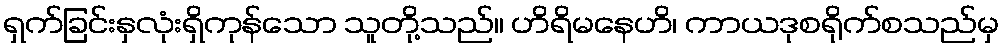
ရှက်ခြင်းနှလုံးရှိကုန်သော သူတို့သည်။ ဟိရိမနေဟိ၊ ကာယဒုစရိုက်စသည်မှ